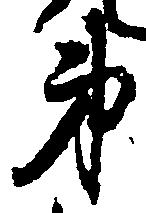
弟